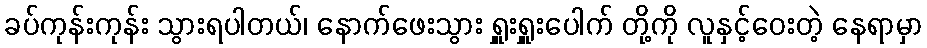
ခပ်ကုန်းကုန်း သွားရပါတယ်၊ နောက်ဖေးသွား ရှူးရှူးပေါက် တို့ကို လူနှင့်ဝေးတဲ့ နေရာမှာ